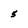
Character: 5